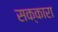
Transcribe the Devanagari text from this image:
सक्कारा